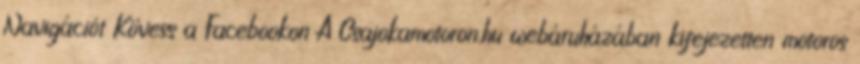
Navigációt Kövess a Facebookon A Csajokamotoron.hu webáruházában kifejezetten motoros